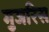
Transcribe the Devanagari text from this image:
मुजरिस